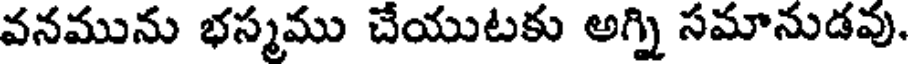
వనమును భస్మము చేయుటకు అగ్ని సమానుడవు,